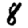
Digit: 8